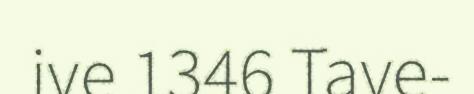
ive 1346 Tave-